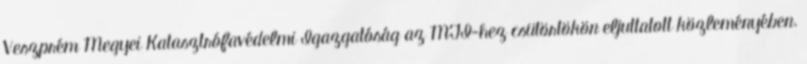
Veszprém Megyei Katasztrófavédelmi Igazgatóság az MTI-hez csütörtökön eljuttatott közleményében.